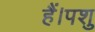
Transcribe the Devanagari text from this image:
हैं।पशु